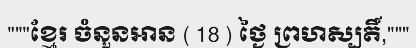
"""ខ្មែរ ចំនួនអាន ( 18 ) ថ្ងៃ ព្រហស្បតិ៍,"""